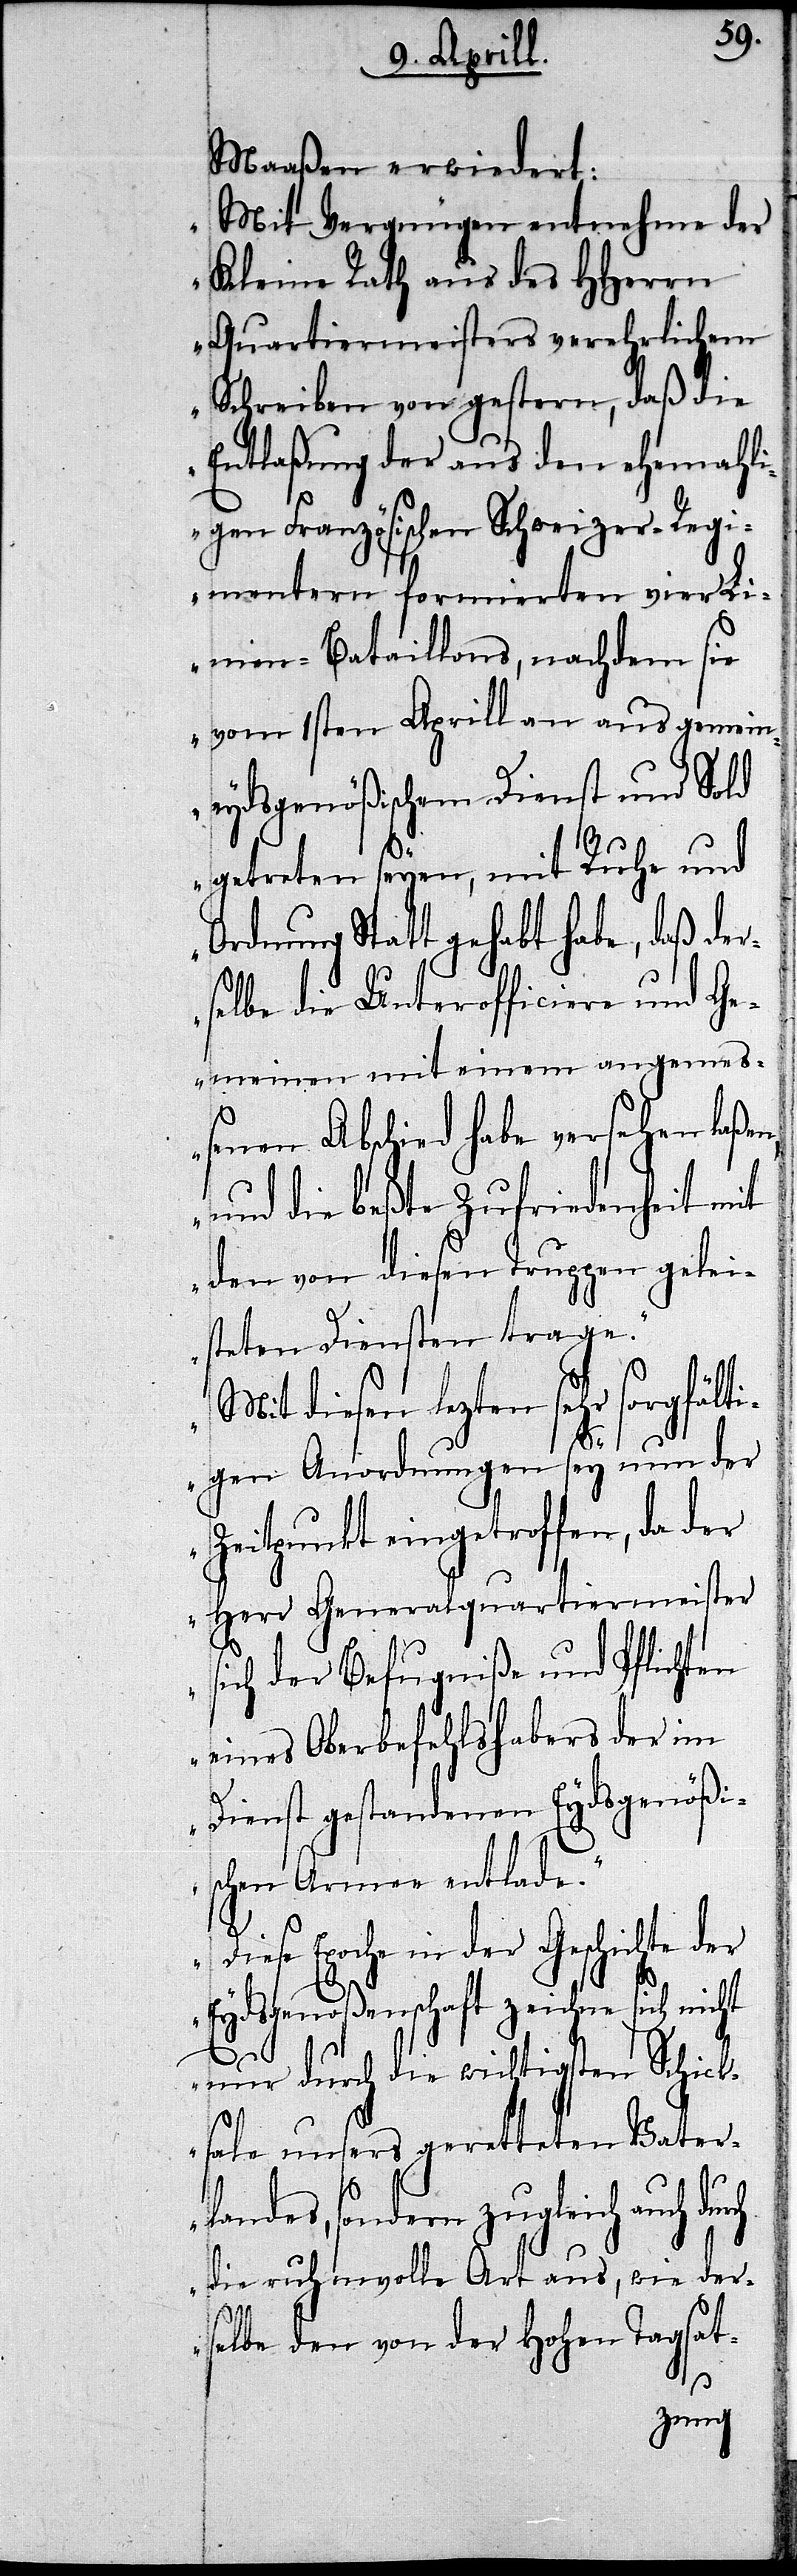
Maaßen erwiedert:
„Mit Vergnügen entnehme der
Kleine Rath aus des HHerrn
Quartiermeisters verehrlichem
Schreiben von gestern, daß die
Entlaßung der aus den ehemahl¬
igen Französischen Schweizer-Regi¬
mentern formierten vier Li¬
nien-Bataillons, nachdem sie
vom 1sten Aprill an aus gemein¬
eydsgenößischem Dienst und Sold
getreten seyen, mit Ruhe und
Ordnung Statt gehabt habe, daß der¬
selbe die Unterofficiere und Ge¬
meinen mit einem angemeß¬
enen Abschied habe versehen laße¬
und die beßte Zufriedenheit mit
den von diesen Truppen gelei¬
steten Diensten trage.
Mit diesen letzen sehr sorgfälti¬
gen Anordnungen sey nun der
Zeitpunkt eingetroffen, da der
Herr Generalquartiermeister
ich der Befugniße und Pflichten
eines Oberbefehlshabers der im
Dienst gestandenen Eydsgenößi¬
schen Armee entlade.
Diese Epoche in der Geschichte der
Eydsgenoßenschaft zeichne sich nicht
s¬
nur durch die wichtigsten Schick¬
sale unsers geretteten Vater¬
landes, sondern zugleich auch durch
die ruhmvolle Art aus, wie der¬
selbe den von der Hohen Tagsat-